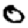
Digit: 0